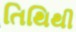
તિથિથી